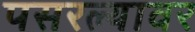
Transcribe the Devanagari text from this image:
पसरल्यावर